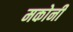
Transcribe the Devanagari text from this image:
मकोनी